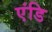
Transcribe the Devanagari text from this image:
एंडि